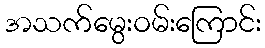
အသက်မွေးဝမ်းကြောင်း